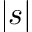
| s |